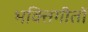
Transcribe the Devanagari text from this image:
भक्तिगीतों